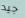
جيد